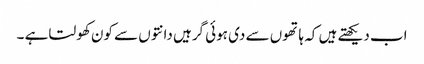
اب دیکھتے ہیں کہ ہاتھوں سے دی ہوئی گرہیں دانتوں سے کون کھولتا ہے ۔